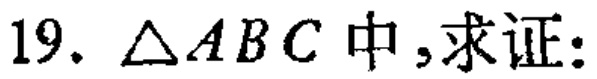
$19.\ \triangle ABC\text{中,求证:}$